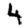
Digit: 4